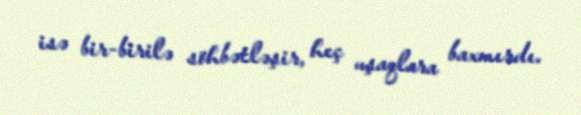
isə bir-birilə söhbətləşir, heç uşaqlara baxmırdı.